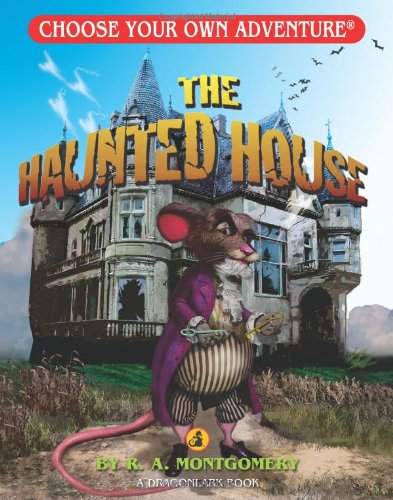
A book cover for The Haunted House (Choose Your Own Adventure - Dragonlarks); R. A. Montgomery; Children's Books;